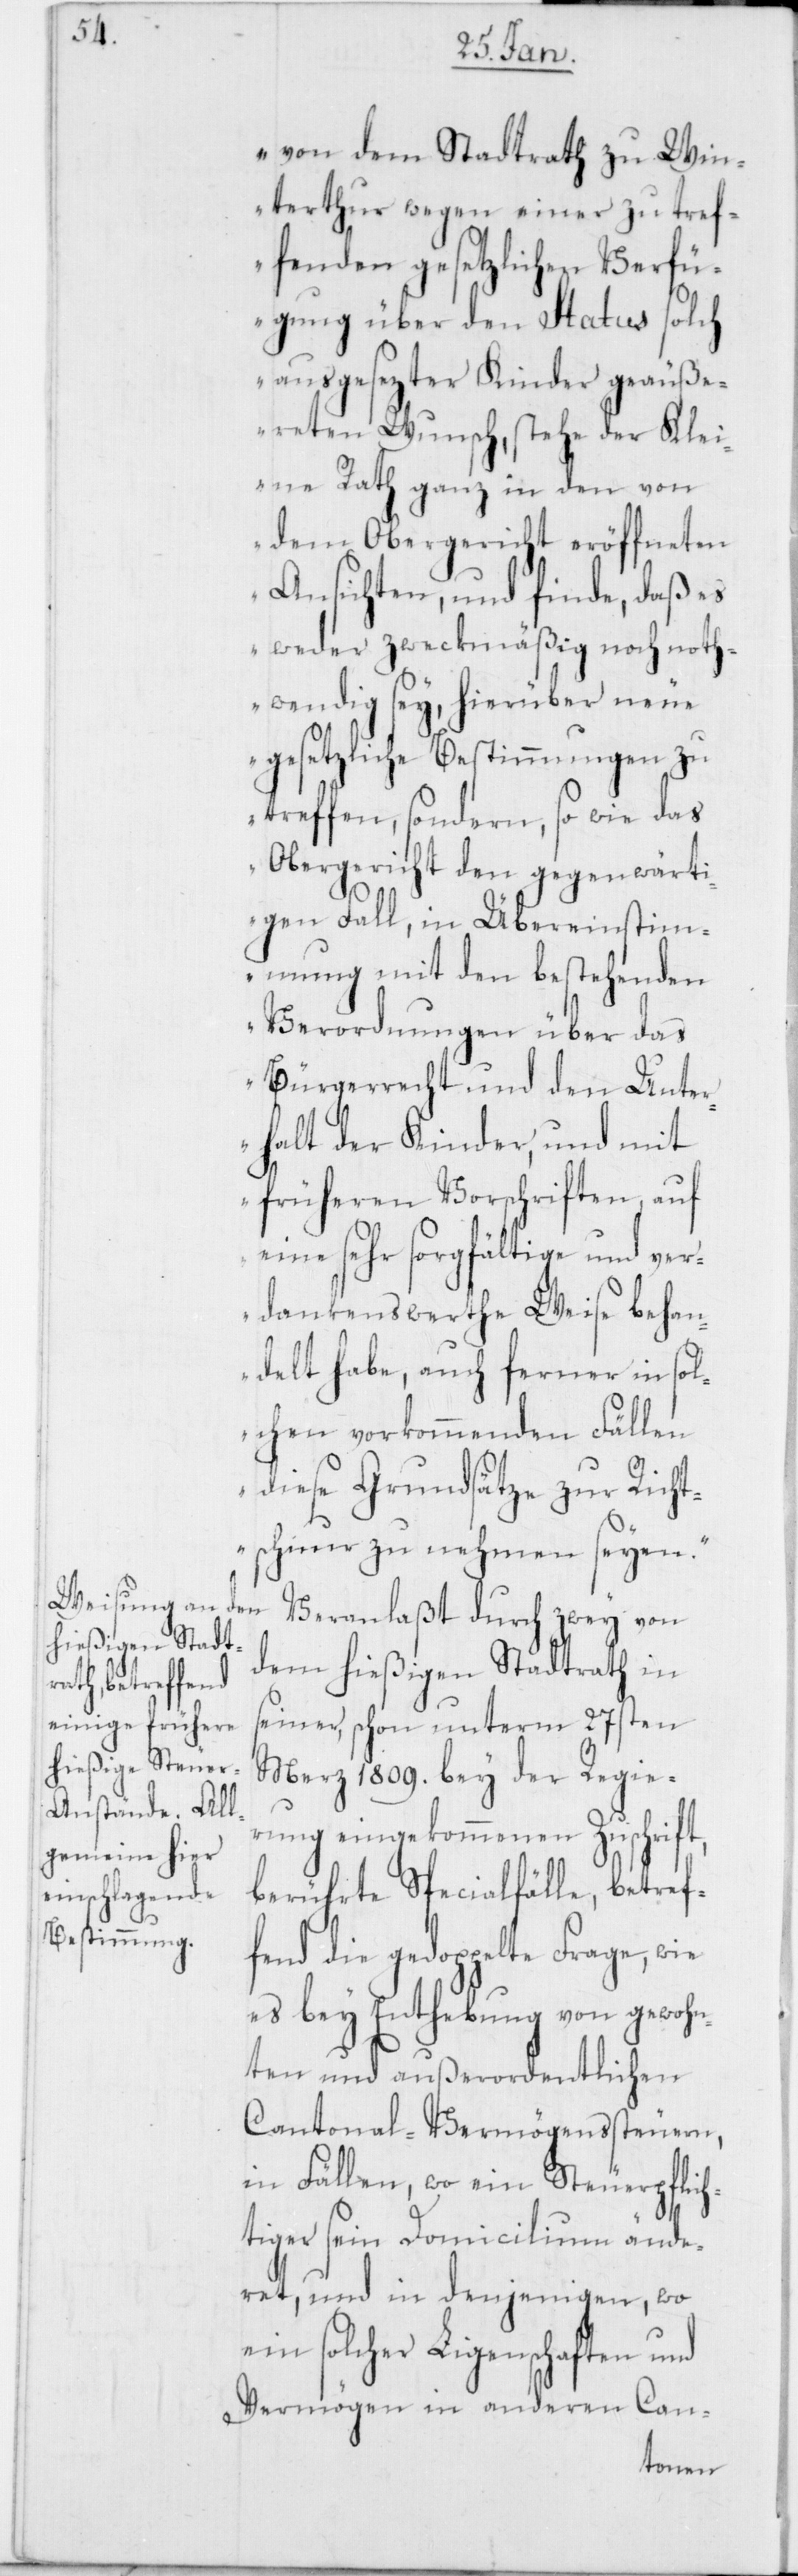
von dem Stadtrath zu Win¬
terthur wegen einer zu tref¬
fenden gesetzlichen Verfü¬
gung über den Status solch
ausgesezter Kinder geäuße¬
reten Wunsch, stehe der Klei¬
ne Rath ganz in den von
dem Obergericht eröffneten
Ansichten, und finde, daß es
weder zweckmäßig noch noth¬
wendig sey, hierüber neue
gesetzliche Bestimmungen zu
treffen, sondern, so wie das
Obergericht den gegenwärti¬
gen Fall, in Übereinstim¬
mung mit den bestehenden
Verordnungen über das
Bürgerrecht und den Unter¬
halt der Kinder, und mit
früheren Vorschriften, auf
eine sehr sorgfältige und ver¬
dankenswerthe Weise behan¬
delt habe, auch ferner in sol¬
chen vorkommenden Fällen
diese Grundsätze zur Richt¬
schnur zu nehmen seyen.“
Veranlaßt durch zwey von
dem hießigen Stadtrath in
seiner, schon unterm 27sten
Merz 1809. bey der Regie¬
rung eingekommenen Zuschrift,
berührte Specialfälle, betref¬
fend die gedoppelte Frage, wie
es bey Enthebung von gewoh¬
nten und außerordentlichen
Cantonal-Vermögenssteuern,
in Fällen, wo ein Steuerpflich¬
tiger sein Domicilium ände¬
ret, und in denjenigen, wo
ein solcher Ligenschaften und
Vermögen in anderen Can-